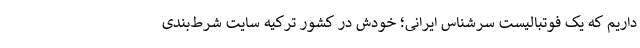
داریم که یک فوتبالیست سرشناس ایرانی؛ خودش در کشور ترکیه سایت شرط‌بندی